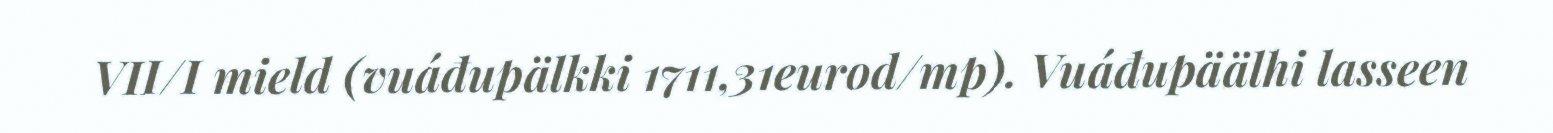
VII/I mield (vuáđupälkki 1711,31eurod/mp). Vuáđupäälhi lasseen